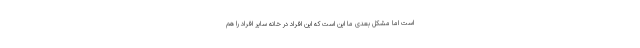
است اما مشکل بعدی ما این است که این افراد در خانه سایر افراد را هم